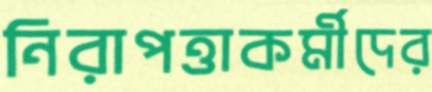
নিরাপত্তাকর্মীদের